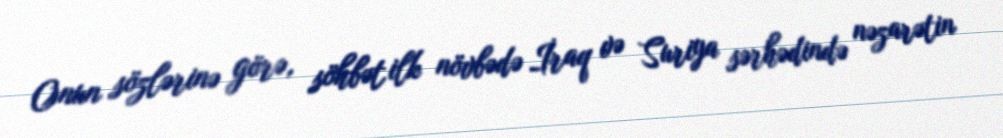
Onun sözlərinə görə, söhbət ilk növbədə İraq və Suriya sərhədində nəzarətin